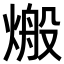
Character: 𪹙